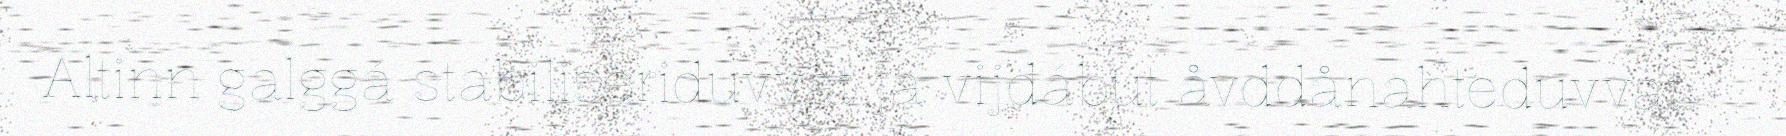
Altinn galggá stabiliseriduvvat ja vijdábut åvddånahteduvvat.